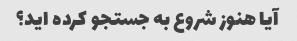
آیا هنوز شروع به جستجو کرده اید؟